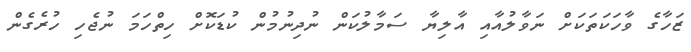
ޒަހާގެ ވާހަކަތަކަށް ނަވާލުއާއި އާލިޔާ ސަމާލުކަން ނުދިނުމުން ކުޑަކޮށް ހިތްހަމަ ނުޖެހި ހުރެގެން